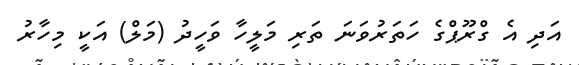
އަދި އެ ގްރޫޕްގެ ހަތަރުވަނަ ތަރި މަލީހާ ވަހީދު (މަލް) އަކީ މިހާރު